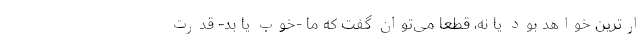
ارترین خواهد بود یا نه، قطعاً می‌توان گفت که ما -خوب یا بد- قدرت